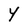
Character: Y